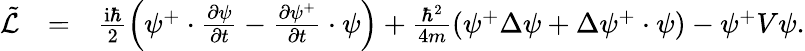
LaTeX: \begin{array}{rlr}{\tilde{\mathcal{L}}}&{=}&{\frac{\mathrm{i}\hbar}{2}\left(\psi^{+}\cdot\frac{\partial\psi}{\partial t}-\frac{\partial\psi^{+}}{\partial t}\cdot\psi\right)+\frac{\hbar^{2}}{4m}\left(\psi^{+}\Delta\psi+\Delta\psi^{+}\cdot\psi\right)-\psi^{+}V\psi.}\end{array}